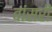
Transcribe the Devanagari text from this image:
बांसरी